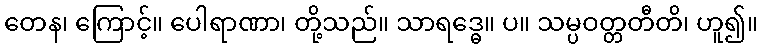
တေန၊ ကြောင့်။ ပေါရာဏာ၊ တို့သည်။ သာရဒ္ဓေ။ ပ။ သမ္ပဝတ္တတီတိ၊ ဟူ၍။